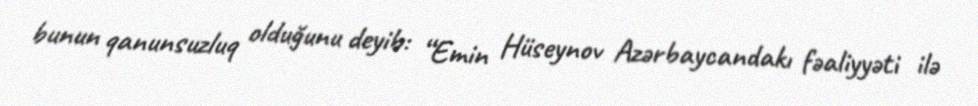
bunun qanunsuzluq olduğunu deyib: “Emin Hüseynov Azərbaycandakı fəaliyyəti ilə